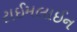
ટાઈમલાઈન